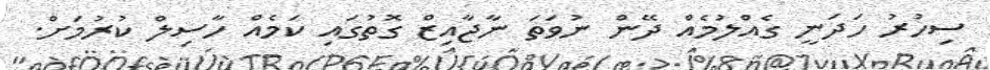
ސިހުރު ހަދަނީ ގެއްލުމެއް ދޭން ނުވަތަ ނާޖާއިޒް ގޮތުގައި ކަމެއް ހާސިލް ކުރުމަށް.